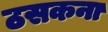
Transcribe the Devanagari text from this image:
ठसकना